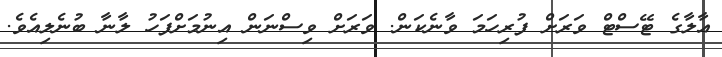
އާލާގެ ޓޭސްޓް ވަރަށް ފުރިހަމަ ވާނެކަން. ވަރަށް ވިސްނަން އިނުމަށްފަހު ލާނާ ބުނެލިއެވެ.